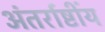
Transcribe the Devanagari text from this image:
अंतर्राष्टींय